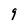
Character: 9